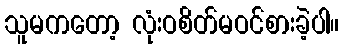
သူမကတော့ လုံးဝစိတ်မဝင်စားခဲ့ပါ။